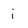
Character: i